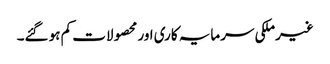
غیرملکی سرمایہ کاری اور محصولات کم ہو گئے۔